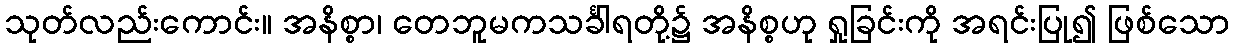
သုတ်လည်းကောင်း။ အနိစ္စာ၊ တေဘူမကသင်္ခါရတို့၌ အနိစ္စဟု ရှုခြင်းကို အရင်းပြု၍ ဖြစ်သော